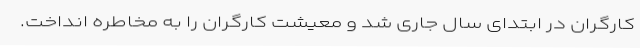
کارگران در ابتدای سال جاری شد و معیشت کارگران را به مخاطره انداخت.